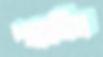
পড়েছিস